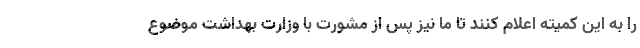
را به این کمیته اعلام کنند تا ما نیز پس از مشورت با وزارت بهداشت موضوع